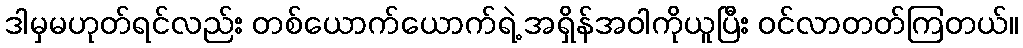
ဒါမှမဟုတ်ရင်လည်း တစ်ယောက်ယောက်ရဲ့ အရှိန်အဝါကိုယူပြီး ဝင်လာတတ်ကြတယ်။